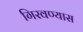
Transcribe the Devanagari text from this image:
गिरवण्यास